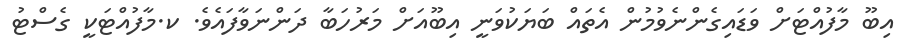
އިބޫ މާފުއްޓަށް ވަޑައިގެންނެވުމުން އެތައް ބަޔަކުވަނީ އިބޫއަށް މަރުހަބާ ދަންނަވާފައެވެ. ކ.މާފުއްޓަކީ ގެސްޓު